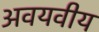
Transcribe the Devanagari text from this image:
अवयवीय